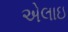
એલાઇ